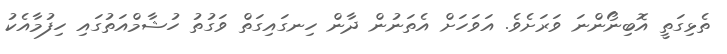
ތެޅިގަތީ އޮބިނޯންނަ ވަރަށެވެ. އަވަހަށް އެތަނުން ދާން ހިނގައިގަތް ވަގުތު ހުޝާމްއަތުގައި ހިފުމާއެކު